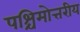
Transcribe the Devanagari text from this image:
पश्चिमोत्तरीय